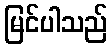
မြင်ပါသည်